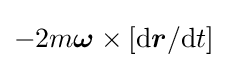
-2m{\boldsymbol {\omega }}\times \left[\mathrm {d} {\boldsymbol {r}}/\mathrm {d} t\right]